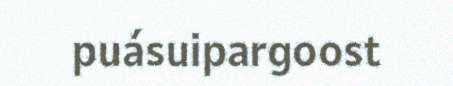
puásuipargoost